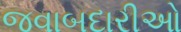
જવાબદારીઓ